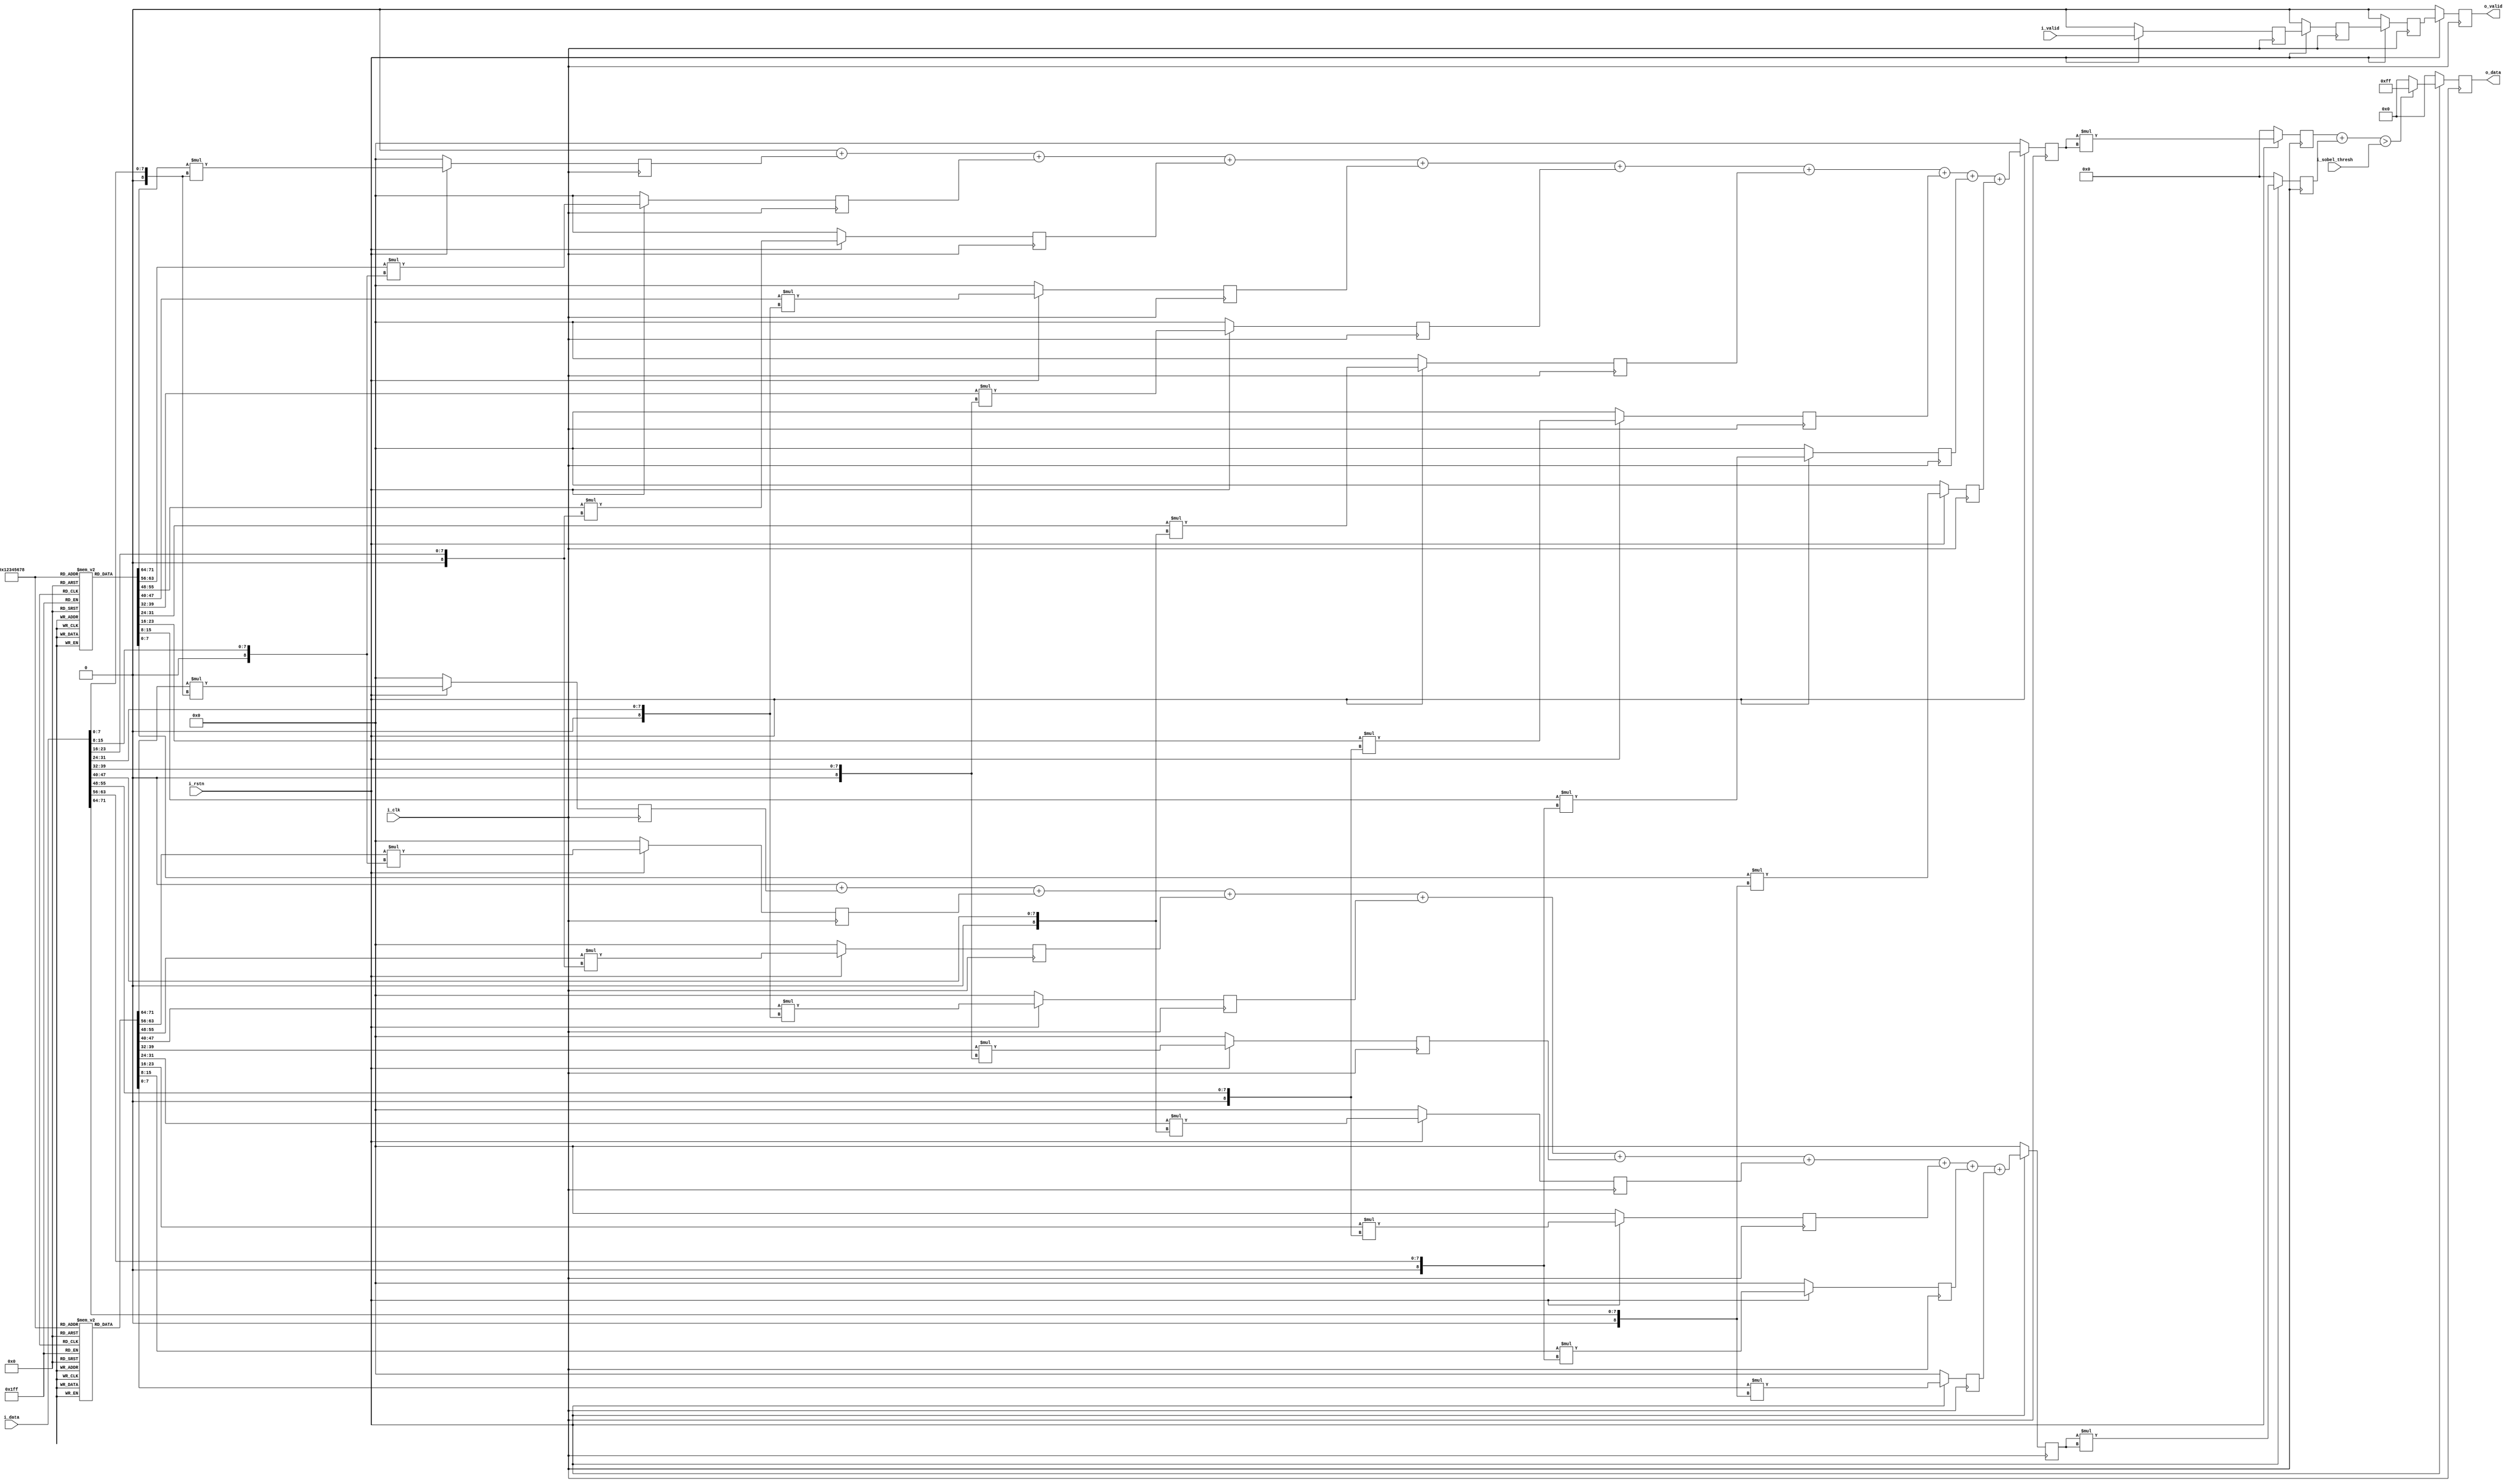
`timescale 1ns / 1ps
`default_nettype none

/*
 *  Pipelines a MAC operation
 *  by convolving a 2D Kernel 
 *  that specifies a sobel filter;
 *  thresholding is used to compute
 *  whether a pixel is an edge (WHITE) or not (BLACK)
 *
 */

module conv
    #(parameter DW = 8)
    (   input wire             i_clk,
        input wire             i_rstn,  

        input wire [7:0]       i_sobel_thresh,

        input wire [9*DW-1: 0] i_data,
        input wire             i_valid, 
        
        output reg [DW-1: 0]   o_data, 
        output reg             o_valid 
    );
    
    integer i;
    
    // Data width of kernel values
    localparam KW = 8; 
    
    reg [KW-1:0] kernel1 [8:0];
    reg [KW-1:0] kernel2 [8:0]; 
    
    reg [10:0] multData1 [8:0];
    reg [10:0] multData2 [8:0];
    reg        multDataValid;
     
    reg [10:0] sumDataInt1;
    reg [10:0] sumDataInt2; 
    reg [10:0] sumData1;
    reg [10:0] sumData2;
    reg        sumDataValid; 
    
    reg [20:0]   convolved_data_int1;
    reg [20:0]   convolved_data_int2;
    wire[21:0]   convolved_data_int; 
    reg          convolved_data_int_valid; 
    
    // 3x3 Kernels for sobel filter
    initial 
    begin
        kernel1[0] = 1;
        kernel1[1] = 0;
        kernel1[2] = -1;
        kernel1[3] = 2; 
        kernel1[4] = 0; 
        kernel1[5] = -2;
        kernel1[6] = 1;
        kernel1[7] = 0;
        kernel1[8] = -1;
        
        kernel2[0] = 1;
        kernel2[1] = 2;
        kernel2[2] = 1; 
        kernel2[3] = 0;
        kernel2[4] = 0;
        kernel2[5] = 0;
        kernel2[6] = -1; 
        kernel2[7] = -2; 
        kernel2[8] = -1; 
    end
    
    always @(posedge i_clk)
    if(!i_rstn)
    begin
        for(i=0;i<9;i=i+1)
        begin
            multData1[i] <= 0;
            multData2[i]  <= 0;
        end
        multDataValid <= 0; 
    end
    else begin
        for(i = 0;i<9;i=i+1)
            begin
                multData1[i] <= $signed(kernel1[i]) * $signed({1'b0, i_data[i*DW+: DW]});
                multData2[i] <= $signed(kernel2[i]) * $signed({1'b0, i_data[i*DW+: DW]});
            end
            multDataValid <= i_valid; 
    end 
    
    always @(*)
    begin
        sumDataInt1 = 0;
        sumDataInt2 = 0; 
        for(i=0;i<9;i=i+1)
        begin
            sumDataInt1 = $signed(sumDataInt1) + $signed(multData1[i]);
            sumDataInt2 = $signed(sumDataInt2) + $signed(multData2[i]);
        end
    end


    always @(posedge i_clk)
    if(!i_rstn)
    begin
        sumData1     <= 0;
        sumData2     <= 0;
        sumDataValid <= 0;
    end 
    else begin
            sumData1     <= sumDataInt1;
            sumData2     <= sumDataInt2;  
            sumDataValid <= multDataValid; 
    end

    always @(posedge i_clk)
    if(!i_rstn)
    begin
        convolved_data_int1      <= 0;
        convolved_data_int2      <= 0; 
        convolved_data_int_valid <= 0; 
    end 
    else begin
        convolved_data_int1      <= $signed(sumData1) * $signed(sumData1);
        convolved_data_int2      <= $signed(sumData2) * $signed(sumData2);
        convolved_data_int_valid <= sumDataValid; 
    end 

    assign convolved_data_int = convolved_data_int1 + convolved_data_int2; 

    always @(posedge i_clk)
    if(!i_rstn)
    begin
        o_data  <= 0; 
        o_valid <= 0; 
    end
    else begin
        o_data  <= (convolved_data_int > i_sobel_thresh) ? {(DW){1'b1}} : 0; 
        o_valid <=  convolved_data_int_valid;     
    end

    
endmodule